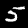
Digit: 5